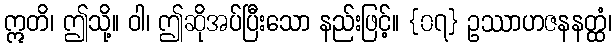
ဣတိ၊ ဤသို့။ ဝါ၊ ဤဆိုအပ်ပြီးသော နည်းဖြင့်။ {၀၇} ဥဿာဟဇနနတ္ထံ၊